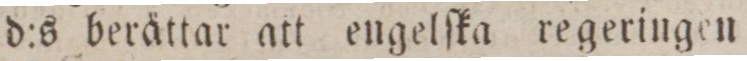
d:s berättar att engelſka regeringen